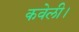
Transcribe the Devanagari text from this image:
कवेली।